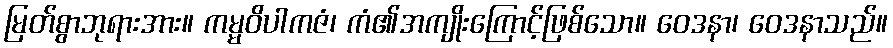
မြတ်စွာဘုရားအား။ ကမ္မဝိပါကဇံ၊ ကံ၏အကျိုးကြောင့်ဖြစ်သော။ ဝေဒနာ၊ ဝေဒနာသည်။